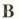
B